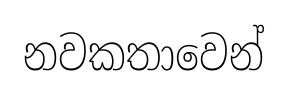
නවකතාවෙන්